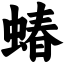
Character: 蝽